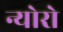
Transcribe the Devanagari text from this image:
न्योरो